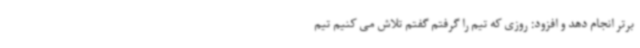
برتر انجام دهد و افزود: روزی که تیم را گرفتم گفتم تلاش می کنیم تیم